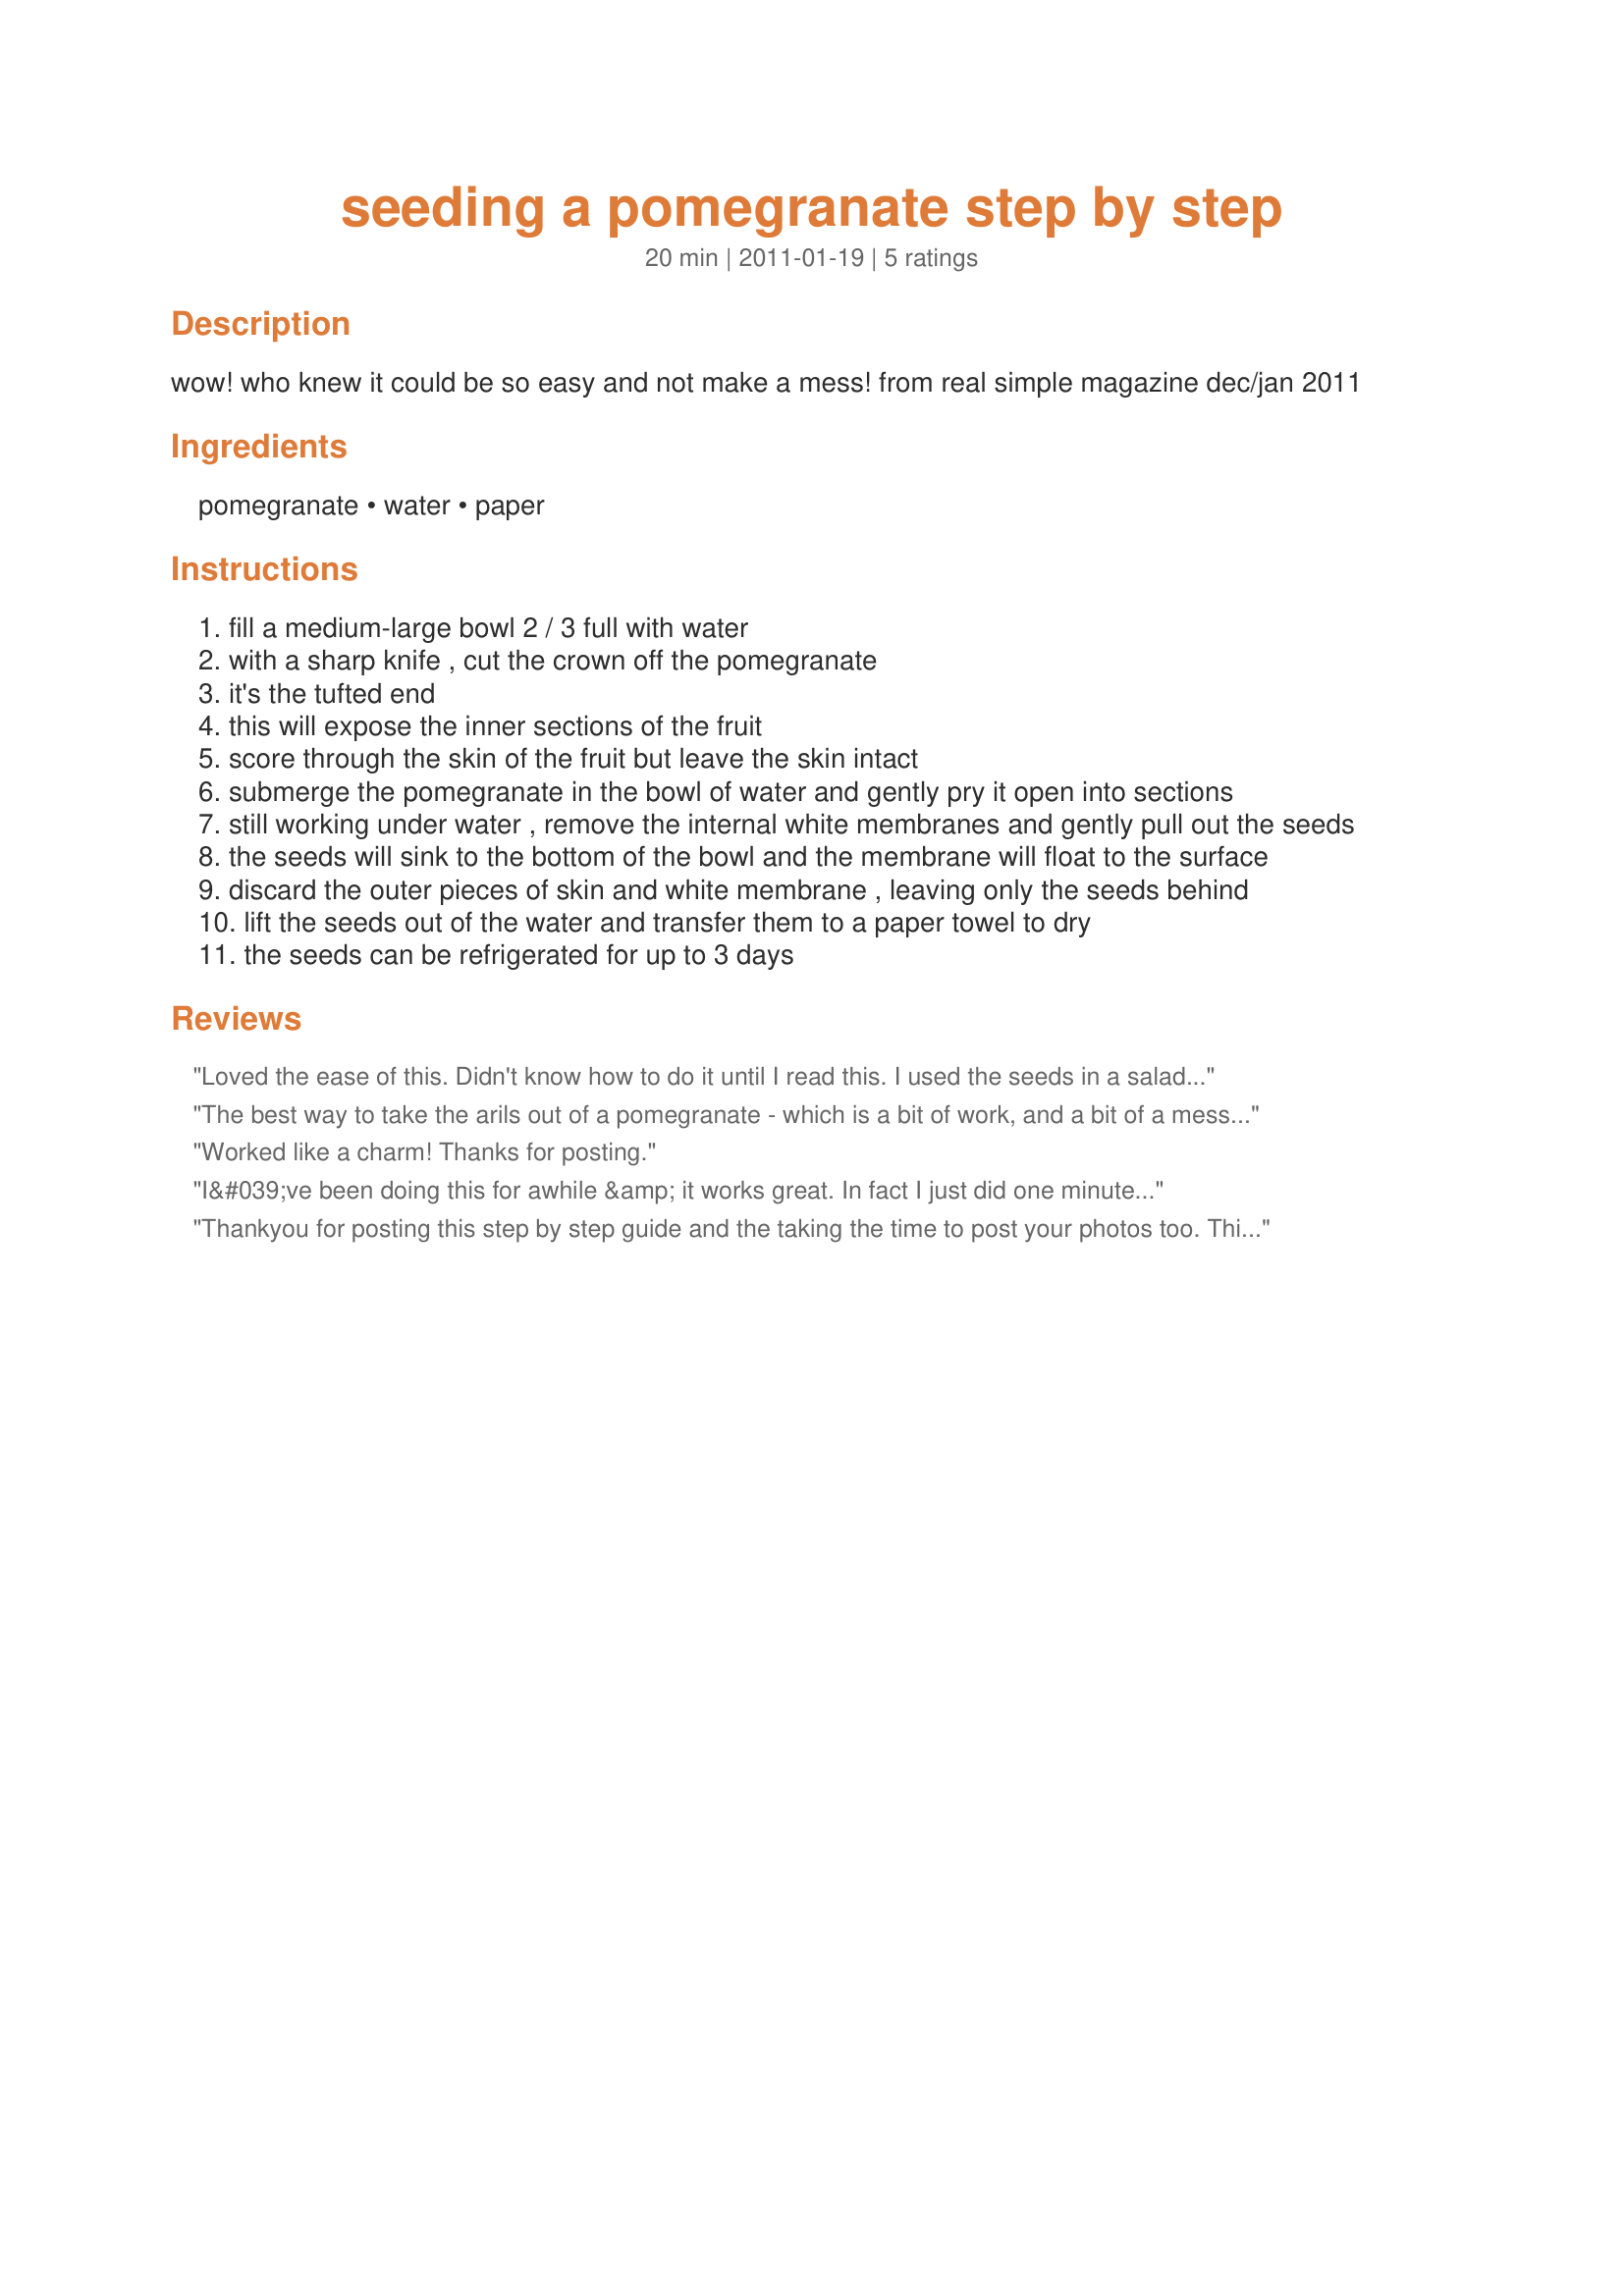
seeding a pomegranate step by step
Preparation time: 20 minutes

wow! who knew it could be so easy and not make a mess! from real simple magazine dec/jan 2011

Ingredients:
pomegranate, water, paper

Steps:
fill a medium-large bowl 2 / 3 full with water
with a sharp knife , cut the crown off the pomegranate
it's the tufted end
this will expose the inner sections of the fruit
score through the skin of the fruit but leave the skin intact
submerge the pomegranate in the bowl of water and gently pry it open into sections
still working under water , remove the internal white membranes and gently pull out the seeds
the seeds will sink to the bottom of the bowl and the membrane will float to the surface
discard the outer pieces of skin and white membrane , leaving only the seeds behind
lift the seeds out of the water and transfer them to a paper towel to dry
the seeds can be refrigerated for up to 3 days

Reviews:
Loved the ease of this. Didn't know how to do it until I read this. I used the seeds in a salad and it was great.
The best way to take the arils out of a pomegranate - which is a bit of work, and a bit of a mess. The already shelled ones are easier, but the flavor is not as good as doing it the old fashioned way - and this is definitely the way to do it.
Worked like a charm! Thanks for posting.
I&#039;ve been doing this for awhile &amp; it works great. In fact I just did one minutes ago and went on the site to find a recipe. Great idea to post this, thanks for sharing.
Thankyou for posting this step by step guide and the taking the time to post your photos too. This really is the easiest way to prepare pomegranate for use
